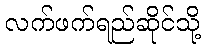
လက်ဖက်ရည်ဆိုင်သို့